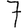
Digit: 7